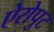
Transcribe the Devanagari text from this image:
ऐरोपुट